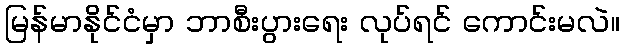
မြန်မာနိုင်ငံမှာ ဘာစီးပွားရေး လုပ်ရင် ကောင်းမလဲ။